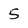
Character: 5